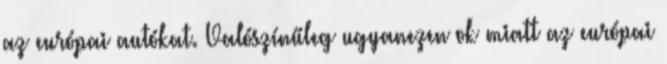
az európai autókat. Valószínűleg ugyanezen ok miatt az európai